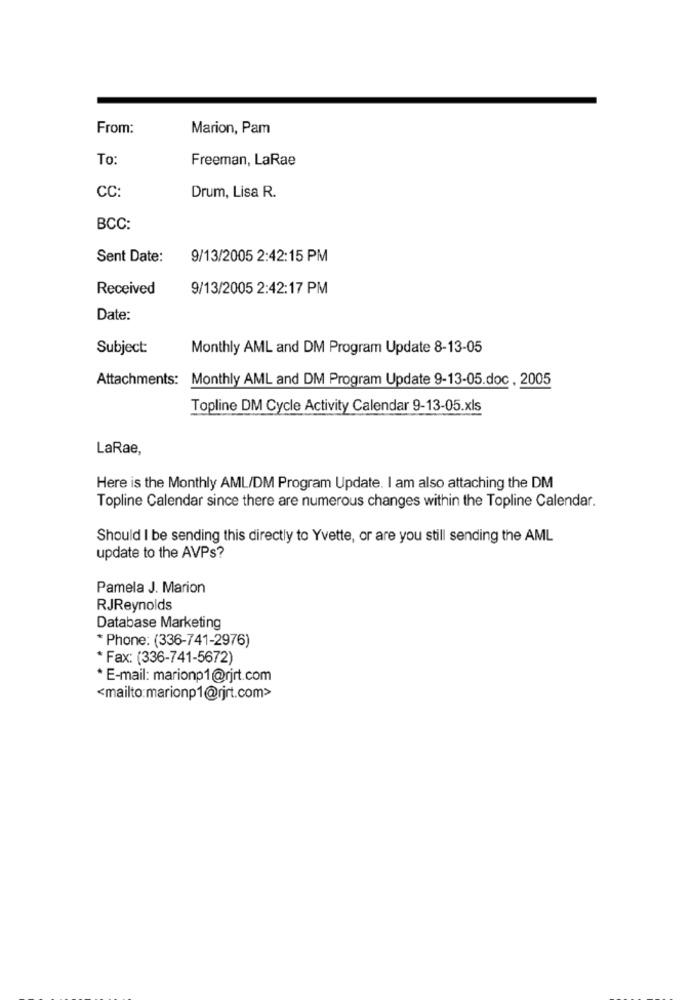
From:
Marion, Pam
To:
Freeman, LaRae
CC:
Drum, Lisa R.
BCC:
Sent Date:
9/13/2005 2:42:15 PM
Received
9/13/2005 2:42:17 PM
Date:
Subject:
Monthly AML and DM Program Update 8-13-05
Attachments: Monthly AML and DM Program Update 9-13-05.doc, 2005
Topline DM Cycle Activity Calendar 9-13-05.xls
LaRae,
Here is the Monthly AML/DM Program Update. I am also attaching the DM
Topline Calendar since there are numerous changes within the Topline Calendar.
Should I be sending this directly to Yvette, or are you still sending the AML
update to the AVPs?
Pamela J. Marion
RJReynolds
Database Marketing
* Phone: (336-741-2976)
* Fax: (336-741-5672)
* E-mail: marionp1@rjrt.com
<mailto:marionp1@rjrt.com>